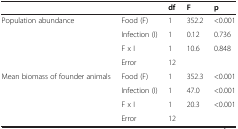
<table><thead><tr><td></td><td></td><td><b>df</b></td><td><b>F</b></td><td><b>p</b></td></tr></thead><tbody><tr><td>Population abundance</td><td>Food (F)</td><td>1</td><td>352.2</td><td>&lt;0.001</td></tr><tr><td></td><td>Infection (I)</td><td>1</td><td>0.12</td><td>0.736</td></tr><tr><td></td><td>F x I</td><td>1</td><td>10.6</td><td>0.848</td></tr><tr><td></td><td>Error</td><td>12</td><td></td><td></td></tr><tr><td>Mean biomass of founder animals</td><td>Food (F)</td><td>1</td><td>352.3</td><td>&lt;0.001</td></tr><tr><td></td><td>Infection (I)</td><td>1</td><td>47.0</td><td>&lt;0.001</td></tr><tr><td></td><td>F x I</td><td>1</td><td>20.3</td><td>&lt;0.001</td></tr><tr><td></td><td>Error</td><td>12</td><td></td><td></td></tr></tbody></table>